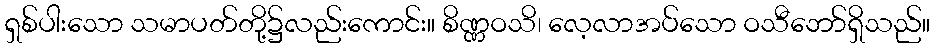
ရှစ်ပါးသော သမာပတ်တို့၌လည်းကောင်း။ စိဏ္ဏဝသိ၊ လေ့လာအပ်သော ဝသီဘော်ရှိသည်။